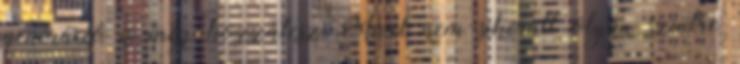
generáció is még hozzátesz Mivel nem sikerült olyan szintre